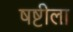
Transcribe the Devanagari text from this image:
षष्टीला